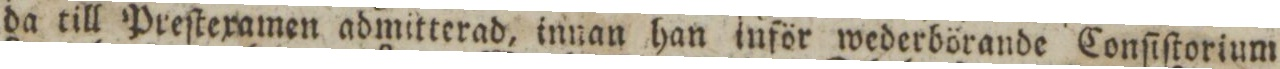
da till Preſtexamen admitterad, innan han inför wederbörande Conſiſtorium